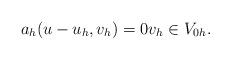
LaTeX: \begin{align*} a_h(u-u_h,v_h) = 0 v_h \in V_{0h}. \end{align*}